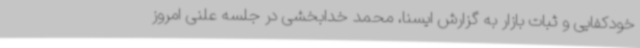
خودکفایی و ثبات بازار به گزارش ایسنا، محمد خدابخشی در جلسه علنی امروز